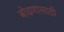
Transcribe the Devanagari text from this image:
बोढणासाठी